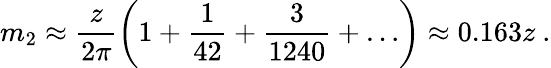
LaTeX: m_{2}\approx\frac{z}{2\pi}\left(1+\frac{1}{42}+\frac{3}{1240}+\ldots\right)\approx 0.163z\ .